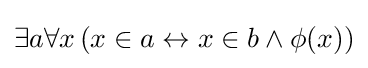
\exists a\forall x\,(x\in a\leftrightarrow x\in b\wedge \phi (x))